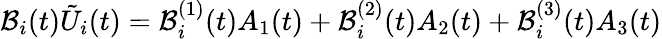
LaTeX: \mathcal{B}_{i}(t)\tilde{U}_{i}(t)=\mathcal{B}_{i}^{(1)}(t)A_{1}(t)+\mathcal{B}_{i}^{(2)}(t)A_{2}(t)+\mathcal{B}_{i}^{(3)}(t)A_{3}(t)